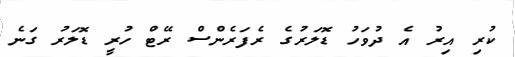
ކުރި އިރު އެ ދުވަހު ޑޮލަރުގެ ރެފަރެންސް ރޭޓް ހުރީ ޑޮލަރު ގަނެ